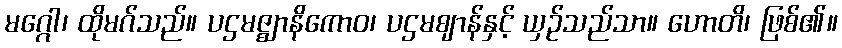
မဂ္ဂေါ၊ ထိုမဂ်သည်။ ပဌမဇ္ဈာနိကောဝ၊ ပဌမဈာန်နှင့် ယှဉ်သည်သာ။ ဟောတိ၊ ဖြစ်၏။